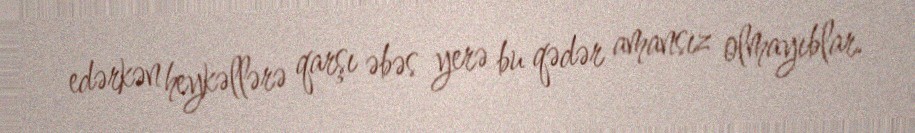
edərkən heykəllərə qarşı əbəs yerə bu qədər amansız olmayıblar.